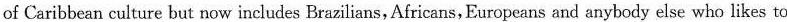
of Caribbean culture but now includes Brazilians,Africans,Europeans and anybody else who likes to